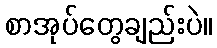
စာအုပ်တွေချည်းပဲ။